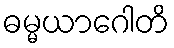
ဓမ္မယာဂေါတိ